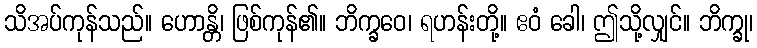
သိအပ်ကုန်သည်။ ဟောန္တိ၊ ဖြစ်ကုန်၏။ ဘိက္ခဝေ၊ ရဟန်းတို့။ ဧဝံ ခေါ၊ ဤသို့လျှင်။ ဘိက္ခု၊